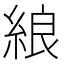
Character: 𦀬